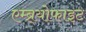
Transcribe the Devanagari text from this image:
एम्ब्र्योफाइट